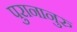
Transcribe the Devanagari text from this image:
पुरानानुरु